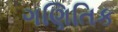
ગણિતિક